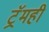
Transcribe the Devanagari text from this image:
ट्रॅमही